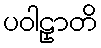
ပဝါဠှာတိ